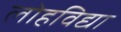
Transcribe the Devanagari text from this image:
लोहविद्या